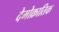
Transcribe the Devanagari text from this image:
देमोक्रातिक